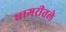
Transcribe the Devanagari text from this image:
घागरीतले